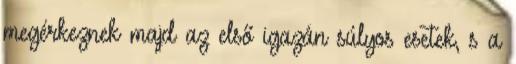
megérkeznek majd az első igazán súlyos esetek, s a